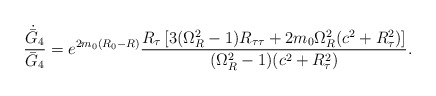
\begin{align*}{\dot{\bar{G}}_4\over\bar{G}_4}=e^{2m_0(R_0-R)}{{R_{\tau}\left[3(\Omega^2_R-1)R_{\tau\tau}+2m_0\Omega^2_R(c^2+R^2_{\tau})\right]}\over{(\Omega^2_R-1)(c^2+R^2_{\tau})}}.\end{align*}